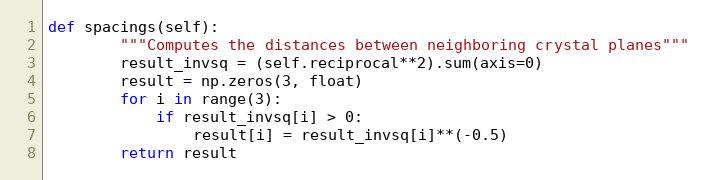
Language: Python
def spacings(self):
        """Computes the distances between neighboring crystal planes"""
        result_invsq = (self.reciprocal**2).sum(axis=0)
        result = np.zeros(3, float)
        for i in range(3):
            if result_invsq[i] > 0:
                result[i] = result_invsq[i]**(-0.5)
        return result